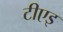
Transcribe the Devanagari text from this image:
टीएइ